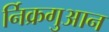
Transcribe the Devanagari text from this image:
र्निक्रगुआन